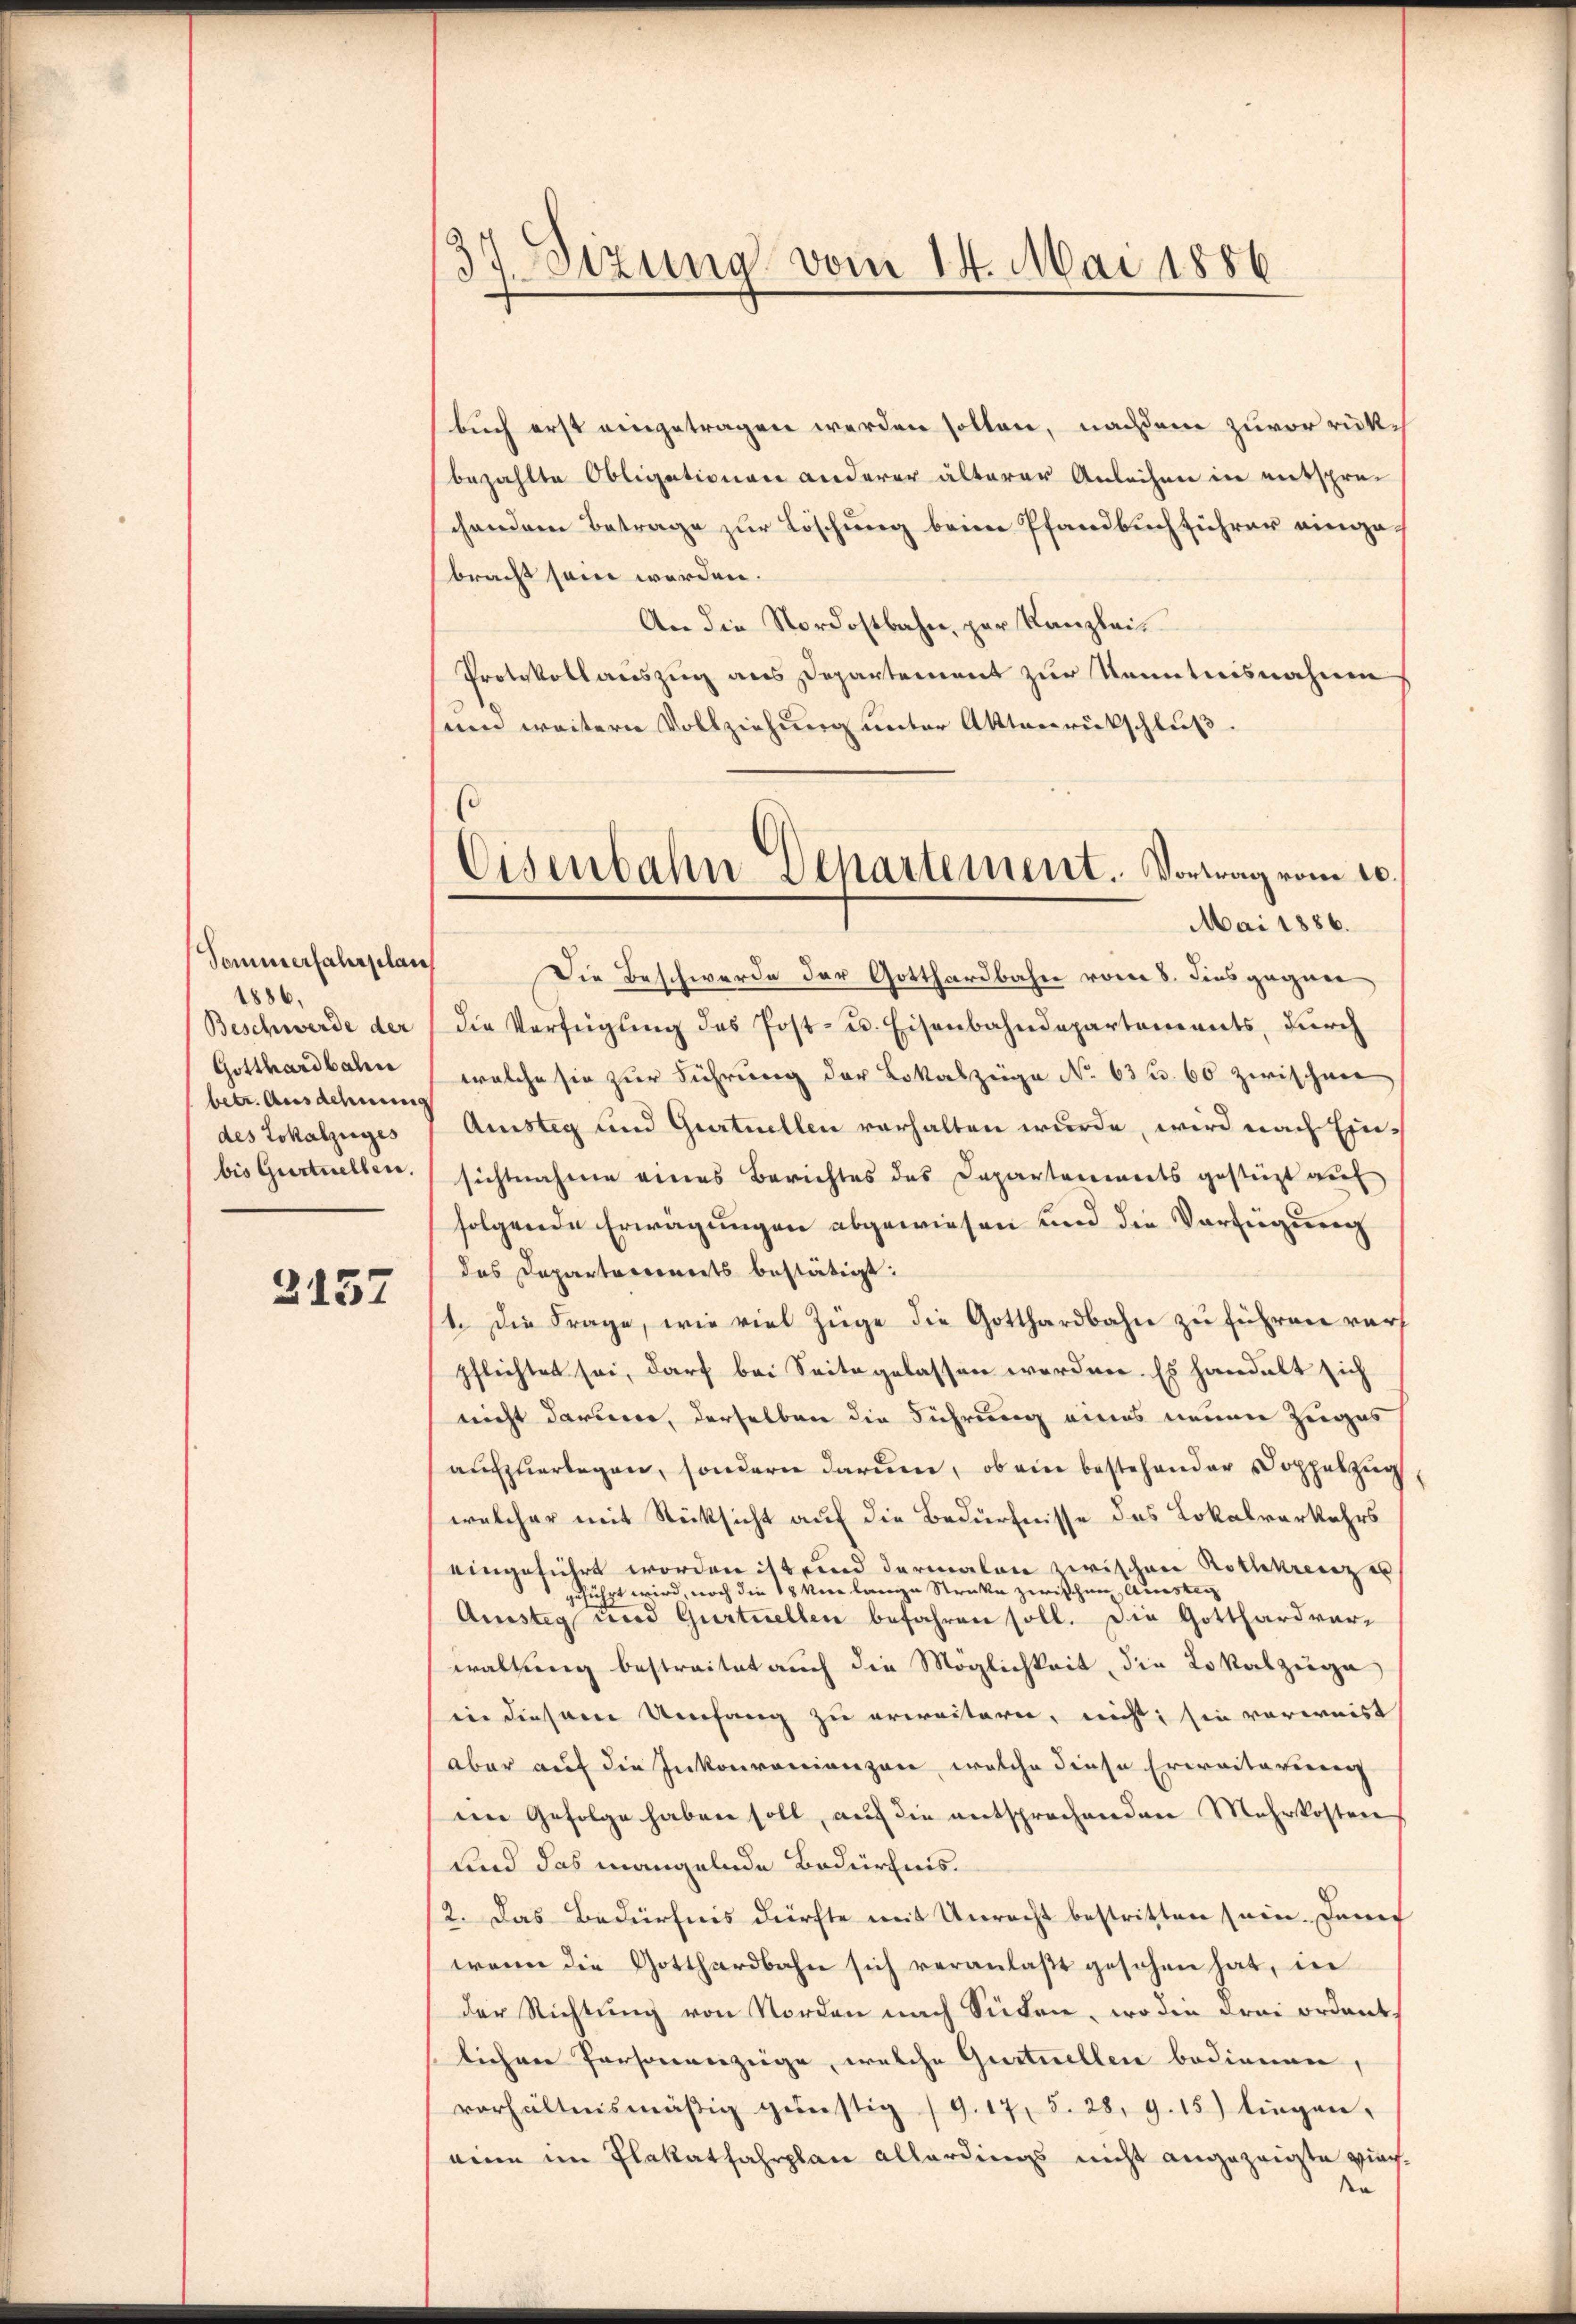
Sommerfahrplan
1886.
Beschwerde der
Gotthardbahn
betr. Ausdehnung
des Lokalzuges
bis Gurtuellen.

2157

37. Sizung vom 14. Mai 1886

buch erst eingetragen werden sollen, nachdem zuvorrückbezahlte Obligationen anderer älterer Anleihen in entsprechendem Betrage zur Löschung beim Pfandbuchführer eingebracht sein werden.
An die Nordostbahn, par Kanzleis
Protokollauszug aus Departement zur Kenntnisnahmen
sein weitern Vollziehung unter Aktenrückschluß
Die Beschwerde der Gotthardbahn vom 8. dies gegen
die Verfügung des Post- u. Eisenbahndepartements, durch
welche sie zur Führung der Lokalzüge No 63 f. 60 zwischen
Amsteg und Gurtuellen verhalten wurde, wird nach Einsichtnahme eines Berichtes des Departenwerts gestürzt auf
folgende Erwägungen abgewiesen und die Verfügung
das Departareinerts bestätigt:
1. Die Frage, wie viel Züge die Gotthardbahn zu führen vorh
pflichtet sei, darf bei Seite gelassen worden. Es handelt sich
nicht dariner, derselben die Führung eines neuen Zuges
aufzuerlegen, sondern darum, ob ein bestehender Doppelzug
welcher mit Rücksicht auf die Bedürfnisse des Lokalverkehrs
eingeführt worden ist und dermalen zwischen Rothkreuz e
zuführt wird, noch die 18 kern lange Streke zwischen Aussten
Amistig und Gurtuellen befahren soll. Die Gotthardver-
waltung bestreitet auch die Möglichkeit, die Lokalzüge
in diesem Umfang zu erweitern, nicht, sie vorweist
aber auf die Inkonvenianzen, welche diese Erweiterung
im Gefolge haben soll, auf die entsprechenden Mehrkosten
und das mangelnde Bedürfnis¬
12. Das Bedürfnis dürfte mit Unrecht bestritten sein. Danec
wenn die Gotthardbahn sich veranlaßt gesehen hat, in
der Richtung von Norden nach Süden, wo die drei ordent,
lichen Personenzeige, welche Gurtuellen bedienen,
verhältnismäßig günstig (9. 17, 5. 28, 9. 15) liegen,
eine im Plakatfahrplan allerdings nicht angezeigte mach¬
Na

Eisenbahn Departement. Vortrag vom 20.
Mai 1886.